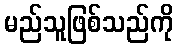
မည်သူဖြစ်သည်ကို